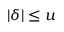
| \delta | \leq u